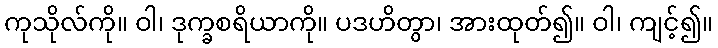
ကုသိုလ်ကို။ ဝါ၊ ဒုက္ခစရိယာကို။ ပဒဟိတွာ၊ အားထုတ်၍။ ဝါ၊ ကျင့်၍။